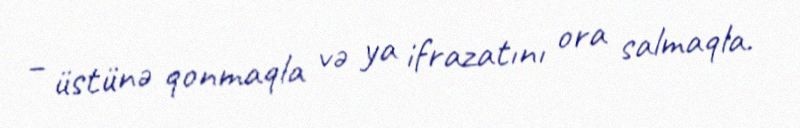
– üstünə qonmaqla və ya ifrazatını ora salmaqla.